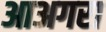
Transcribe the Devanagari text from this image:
आअगरा